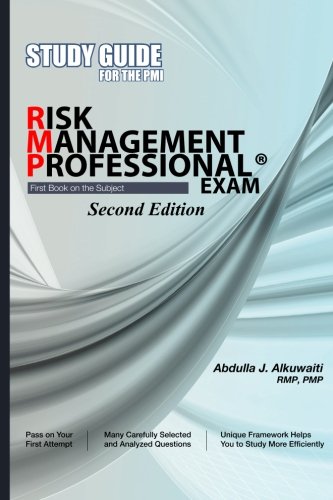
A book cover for STUDY GUIDE For the PMI RISK MANAGEMENT PROFESSIONAL(r) EXAM Second Edition; Abdulla J. Alkuwaiti; Business & Money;